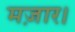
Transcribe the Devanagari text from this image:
मज़ार।